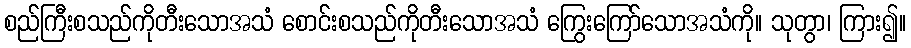
စည်ကြီးစသည်ကိုတီးသောအသံ စောင်းစသည်ကိုတီးသောအသံ ကြွေးကြော်သောအသံကို။ သုတွာ၊ ကြား၍။